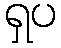
ရှပ